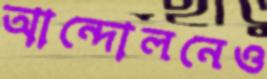
আন্দোলনেও